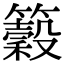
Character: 𥵠